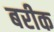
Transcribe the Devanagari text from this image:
बरीक